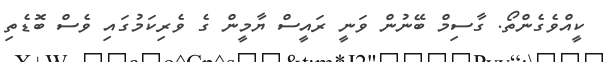
ކީއްވެގެންތޯ. ގާސިމް ބޭނުން ވަނީ ރައީސް ޔާމީން ގެ ވެރިކަމުގައި ވެސް ބޮޑެތި